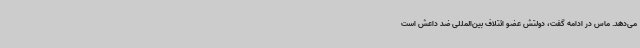
می‌دهد. ماس در ادامه گفت، دولتش عضو ائتلاف بین‌المللی ضد داعش است